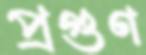
প্রগুণ